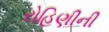
રોહિણીની